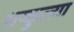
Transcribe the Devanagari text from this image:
शष्कुल्या